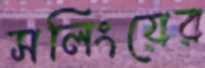
সলিংয়ের